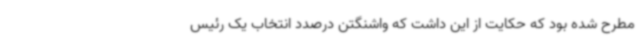
مطرح شده بود که حکایت از این داشت که واشنگتن درصدد انتخاب یک رئیس